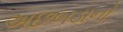
અછબડાનો